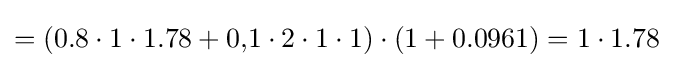
=(0.8\cdot 1\cdot 1.78+0{,}1\cdot 2\cdot 1\cdot 1)\cdot (1+0.0961)=1\cdot 1.78